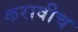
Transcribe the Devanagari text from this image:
करावीच